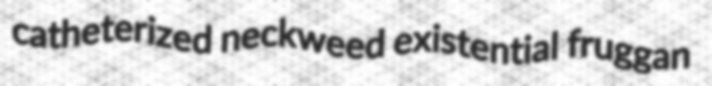
catheterized neckweed existential fruggan